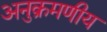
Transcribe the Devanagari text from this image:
अनुक्रमणीय